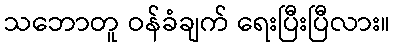
သဘောတူ ဝန်ခံချက် ရေးပြီးပြီလား။